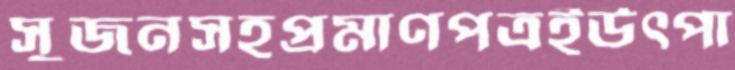
সুজনসহপ্রমাণপত্রইউৎপা